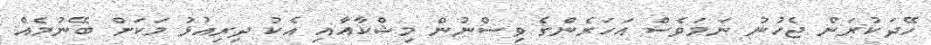
ހޭދަކުރަން ޖެހުނު ނަމަވެސް އަހަރެންގެ ވިސްނުން މިޝްކާއާއި އެކު ދިރިއުޅު މަކަށް ބޭނުމެއް